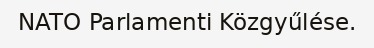
NATO Parlamenti Közgyűlése.